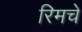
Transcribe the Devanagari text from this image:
रिमचे